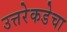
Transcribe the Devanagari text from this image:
उत्तरेकडेचा